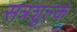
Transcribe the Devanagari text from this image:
सत्रशुल्क